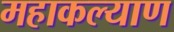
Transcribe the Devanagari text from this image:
महाकल्याण